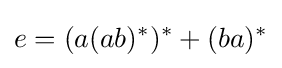
e=(a(ab)^{*})^{*}+(ba)^{*}